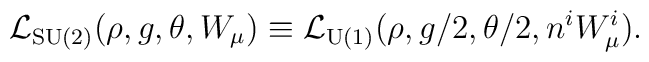
{\cal L}_{\rm SU(2)}(\rho, g, \theta, W_{\mu})\equiv {\cal L}_{\rm U(1)}(\rho,g/2,\theta/2,n^{i}W^{i}_{\mu}).